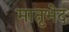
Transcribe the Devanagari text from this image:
मातृभेद